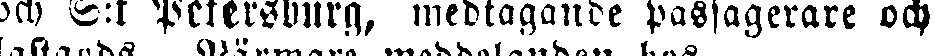
och S:t Petersburg, medtagande passagerare och